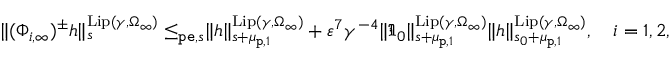
\begin{array} { r } { \rVert ( \Phi _ { i , \infty } ) ^ { \pm } h \rVert _ { s } ^ { \mathrm { L i p } ( \gamma , \Omega _ { \infty } ) } \le _ { \mathtt { p e } , s } \rVert h \rVert _ { s + \mu _ { \mathtt { p } , 1 } } ^ { \mathrm { L i p } ( \gamma , \Omega _ { \infty } ) } + \varepsilon ^ { 7 } \gamma ^ { - 4 } \rVert \mathfrak { I } _ { 0 } \rVert _ { s + \mu _ { \mathtt { p } , 1 } } ^ { \mathrm { L i p } ( \gamma , \Omega _ { \infty } ) } \rVert h \rVert _ { s _ { 0 } + \mu _ { \mathtt { p } , 1 } } ^ { \mathrm { L i p } ( \gamma , \Omega _ { \infty } ) } , \quad i = 1 , 2 , } \end{array}